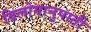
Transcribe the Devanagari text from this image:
विलोमानुपाती